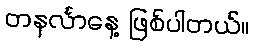
တနင်္လာနေ့ ဖြစ်ပါတယ်။